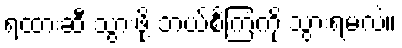
ရထားဆီ သွားဖို့ ဘယ်စင်္ကြံကို သွားရမလဲ။